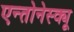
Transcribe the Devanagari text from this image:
एन्तोनेस्क्यू